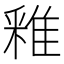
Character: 䧽